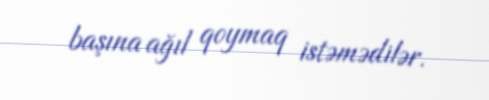
başına ağıl qoymaq istəmədilər.